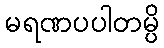
မရဏပပါတမ္ပိ